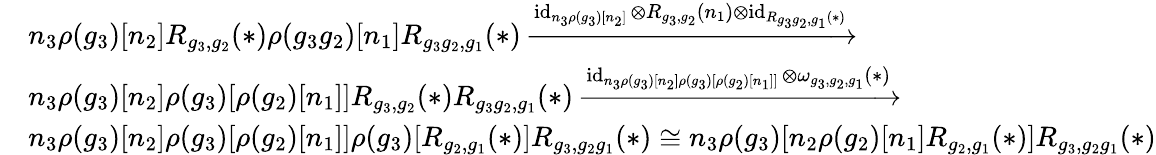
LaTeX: \begin{array}{rl}&{n_{3}\rho(g_{3})[n_{2}]R_{g_{3},g_{2}}(*)\rho(g_{3}g_{2})[n_{1}]R_{g_{3}g_{2},g_{1}}(*)\xrightarrow{\operatorname{id}_{n_{3}\rho(g_{3})[n_{2}]}\otimes R_{g_{3},g_{2}}(n_{1})\otimes\operatorname{id}_{R_{g_{3}g_{2},g_{1}}(*)}}}\\ &{n_{3}\rho(g_{3})[n_{2}]\rho(g_{3})[\rho(g_{2})[n_{1}]]R_{g_{3},g_{2}}(*)R_{g_{3}g_{2},g_{1}}(*)\xrightarrow{\operatorname{id}_{n_{3}\rho(g_{3})[n_{2}]\rho(g_{3})[\rho(g_{2})[n_{1}]]}\otimes\omega_{g_{3},g_{2},g_{1}}(*)}}\\ &{n_{3}\rho(g_{3})[n_{2}]\rho(g_{3})[\rho(g_{2})[n_{1}]]\rho(g_{3})[R_{g_{2},g_{1}}(*)]R_{g_{3},g_{2}g_{1}}(*)\cong n_{3}\rho(g_{3})[n_{2}\rho(g_{2})[n_{1}]R_{g_{2},g_{1}}(*)]R_{g_{3},g_{2}g_{1}}(*)}\end{array}